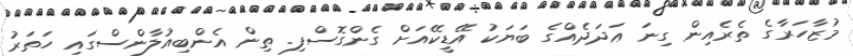
މުޒާހަރާގެ ތެރެއިން ގިނަ ޢަދަދެއްގެ ބަޔަކު އޭޑީކޭއަށް ގެންގޮސްފި. ތިން އެންބިއުލާންސްގައި ހަތަރު